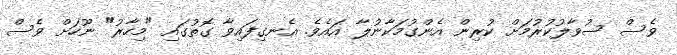
ވެސް ސުވާލުކުރުމަށް ކުރިން އެންގުމަކާނުލާ އައެވެ. އެނގިފައިވާ ގޮތުގައި "މިހާރު" ނޫހަށް ވެސް